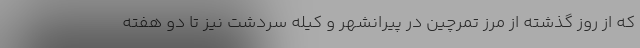
که از روز گذشته از مرز تمرچین در پیرانشهر و کیله سردشت نیز تا دو هفته